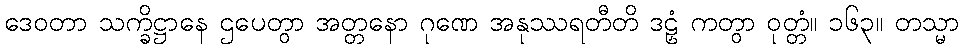
ဒေဝတာ သက္ခိဋ္ဌာနေ ဌပေတွာ အတ္တနော ဂုဏေ အနုဿရတီတိ ဒဠှံ ကတွာ ဝုတ္တံ။ ၁၆၃။ တသ္မာ